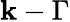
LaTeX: \mathbf{k}-\Gamma